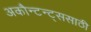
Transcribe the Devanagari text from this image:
अकौन्टन्ट्‌ससाठी